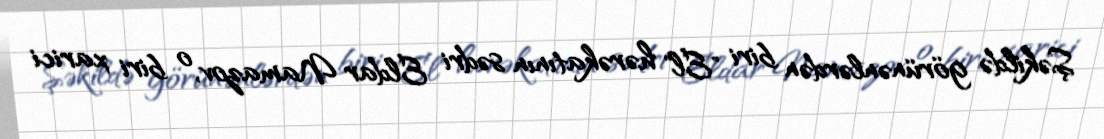
Şəkildə görünənlərdən biri "El" hərəkatının sədri Eldar Namazov, o biri xarici